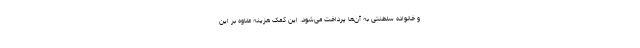
و خانواده سلطنتی به آن‌ها پرداخت می‌شود. این کمک هزینه علاوه بر این